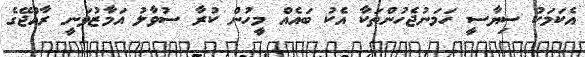
އެކަމަކު ސިޔާސީ ހަމަނުޖެހުންތަކާ އެކު ބައެއް މީހުން ކުރާ ސުވާލު އަމާޒުވަނީ ރާއްޖޭގެ